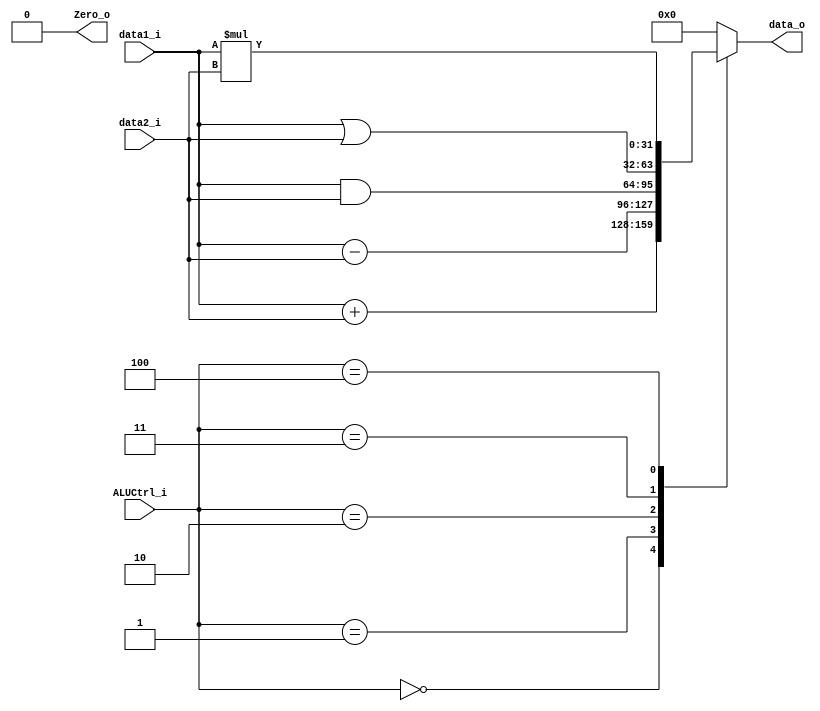
`define	ADD 3'b000
`define	SUB 3'b001
`define	AND 3'b010
`define	OR  3'b011
`define	MUL	3'b100

module ALU // for only R-type & addi
(
   data1_i,
   data2_i,
   ALUCtrl_i,
   data_o,
   Zero_o
);

// Ports
input	[31:0]		data1_i;
input	[31:0]		data2_i;
input	[2:0]		ALUCtrl_i;
output 	[31:0]		data_o;
output				Zero_o;

// Wires & Registers
reg		[31:0]		data_o;
reg					Zero_o;


always @(*) begin
	Zero_o = 0;
	case(ALUCtrl_i)
		`ADD:       data_o <= data1_i + data2_i;
		`SUB:       data_o <= data1_i - data2_i;
		`AND:       data_o <= data1_i & data2_i;
		`OR:        data_o <= data1_i | data2_i;
		`MUL:		data_o <= data1_i * data2_i;
		default:    data_o <= 0;
	endcase
end

endmodule